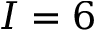
I = 6